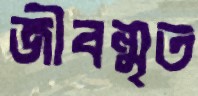
জীবন্মৃত